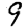
Digit: 9